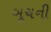
બૂચની